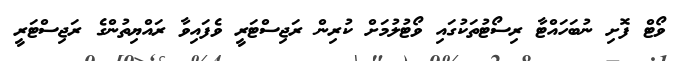
ވޯޓް ފޮށި ނުބަހައްޓާ ރިސޯޓުތަކުގައި ވޯޓުލުމަށް ކުރިން ރަޖިސްޓަރީ ވެފައިވާ ރައްޔިތުންގެ ރަޖިސްޓަރީ